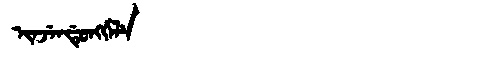
Manchu: ᡳᠨᠵᡝᠨᡩᡠᠩᡤᡝᠯᡝ
Romanization: INJENDUNGGELE